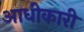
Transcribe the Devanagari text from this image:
आधीकारी